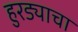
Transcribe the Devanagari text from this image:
हुरड्याचा